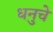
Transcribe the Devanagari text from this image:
धनुचे